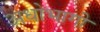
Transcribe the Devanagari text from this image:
अधोभागी